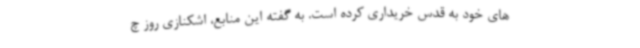
های خود به قدس خریداری کرده است. به گفته این منابع، اشکنازی روز چ